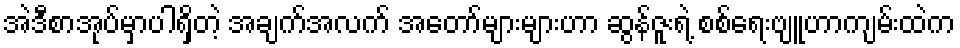
အဲဒီစာအုပ်မှာပါရှိတဲ့ အချက်အလက် အတော်များများဟာ ဆွန်ဇူးရဲ့ စစ်ရေးဗျူဟာကျမ်းထဲက